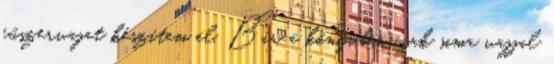
fűszervajat készítem el. Bár a könyvben csak sima vajjal